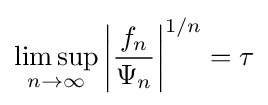
\limsup _{n\to \infty }\left|{\frac {f_{n}}{\Psi _{n}}}\right|^{1/n}=\tau